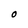
Character: O